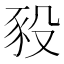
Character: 豛